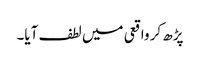
پڑھ کر واقعی میں لطف آیا۔